Vaccination in Burma 1889-1999 - 1889-1999
Year: 1889
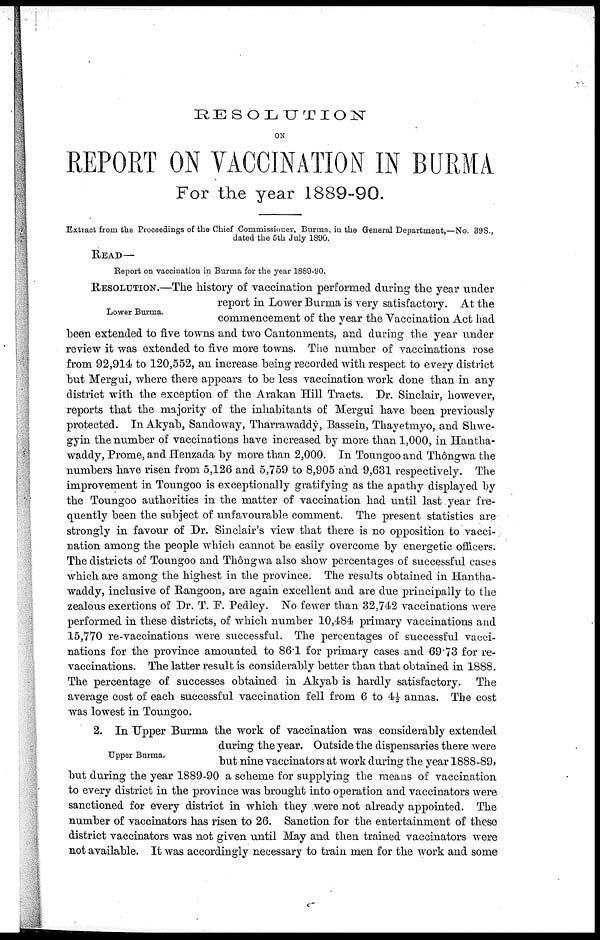
RESOLUTION
ON
REPORT ON VACCINATION IN BURMA
For the year 1889-90.
Extract from the Proceedings of the Chief Commissioner, Burma, in the General Department,—No. 39S.,
dated the 5th July 1890.
READ—
Report on vaccination in Burma for the year 1889-90.
Lower Burma.
RESOLUTION.—The history of vaccination performed during the year under
report in Lower Burma is very satisfactory. At the
commencement of the year the Vaccination Act had
been extended to five towns and two Cantonments, and during the year under
review it was extended to five more towns. The number of vaccinations rose
from 92,914 to 120,552, an increase being recorded with respect to every district
but Mergui, where there appears to be less vaccination work done than in any
district with the exception of the Arakan Hill Tracts. Dr. Sinclair, however,
reports that the majority of the inhabitants of Mergui have been previously
protected. In Akyab, Sandoway, Tharrawaddy, Bassein, Thayetmyo, and Shwe-
gyin the number of vaccinations have increased by more than 1,000, in Hantha-
waddy, Prome, and Henzada by more than 2,000. In Toungoo and Thôngwa the
numbers have risen from 5,126 and 5,759 to 8,905 and 9,631 respectively. The
improvement in Toungoo is exceptionally gratifying as the apathy displayed by
the Toungoo authorities in the matter of vaccination had until last year fre-
quently been the subject of unfavourable comment. The present statistics are
strongly in favour of Dr. Sinclair's view that there is no opposition to vacci-
nation among the people which cannot be easily overcome by energetic officers.
The districts of Toungoo and Thôngwa also show percentages of successful cases
which are among the highest in the province. The results obtained in Hantha-
waddy, inclusive of Rangoon, are again excellent and are due principally to the
zealous exertions of Dr. T. F. Pedley. No fewer than 32,742 vaccinations were
performed in these districts, of which number 10,484 primary vaccinations and
15,770 re-vaccinations were successful. The percentages of successful vacci-
nations for the province amounted to 86.1 for primary cases and 69.73 for re-
vaccinations. The latter result is considerably better than that obtained in 1888.
The percentage of successes obtained in Akyab is hardly satisfactory. The
average cost of each successful vaccination fell from 6 to 4½ annas. The cost
was lowest in Toungoo.
Upper Burma.
2. In Upper Burma the work of vaccination was considerably extended
during the year. Outside the dispensaries there were
but nine vaccinators at work during the year 1888-89,
but during the year 1889-90 a scheme for supplying the means of vaccination
to every district in the province was brought into operation and vaccinators were
sanctioned for every district in which they were not already appointed. The
number of vaccinators has risen to 26. Sanction for the entertainment of these
district vaccinators was not given until May and then trained vaccinators were
not available. It was accordingly necessary to train men for the work and some